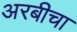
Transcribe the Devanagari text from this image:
अरबीचा